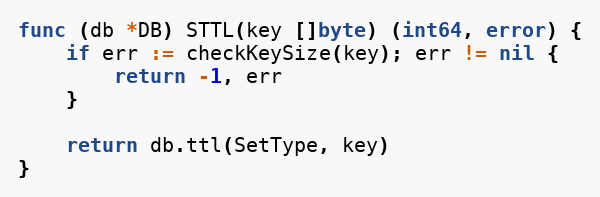
Language: Go
func (db *DB) STTL(key []byte) (int64, error) {
	if err := checkKeySize(key); err != nil {
		return -1, err
	}

	return db.ttl(SetType, key)
}